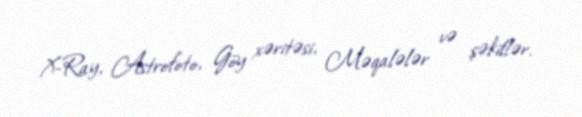
X-Ray, Astrofoto, Göy xəritəsi, Məqalələr və şəkillər.